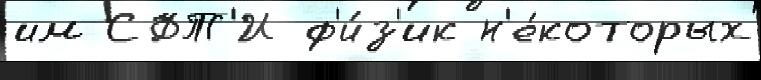
им СФТ'И ф'и́з'ик н'е́которых